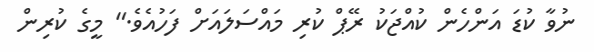
ނުވާ ކުޑަ އަންހެން ކުއްޖަކު ރޭޕް ކުރި މައްސަލައަށް ފަހުއެވެ.'' މީގެ ކުރިން